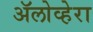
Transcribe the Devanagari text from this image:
ॲलोव्हेरा